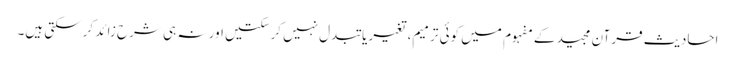
احادیث قرآن مجید کے مفہوم میں کوئی ترمیم، تغیریا تبدل نہیں کرسکتیں اور نہ ہی شرح زائد کرسکتی ہیں۔